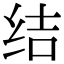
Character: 结